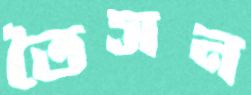
তৈসন